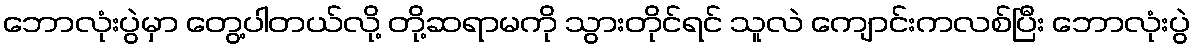
ဘောလုံးပွဲမှာ တွေ့ပါတယ်လို့ တို့ဆရာမကို သွားတိုင်ရင် သူလဲ ကျောင်းကလစ်ပြီး ဘောလုံးပွဲ